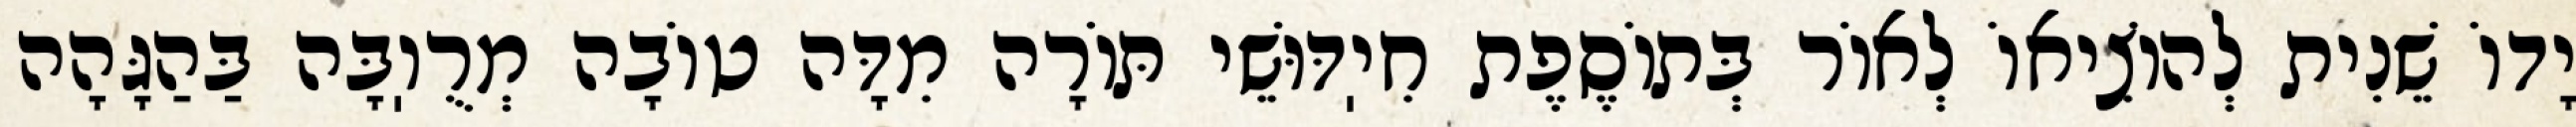
יָדוֹ שֵׁנִית לְהוֹצִיאוֹ לְאוֹר בְּתוֹסֶפֶת חִיֽדּוּשֵׁי תּוֹרָה מִדָּה טוֹבָה מְרֻוֽבָּה בַּהַגָּהָה